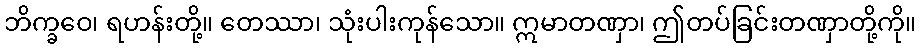
ဘိက္ခဝေ၊ ရဟန်းတို့။ တေဿာ၊ သုံးပါးကုန်သော။ ဣမာတဏှာ၊ ဤတပ်ခြင်းတဏှာတို့ကို။